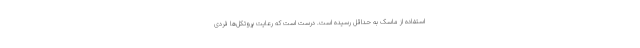
استفاده از ماسک به حداقل رسیده است. درست است که رعایت پروتکل‌ها فردی